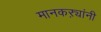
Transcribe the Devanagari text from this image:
मानकऱ्यांनी